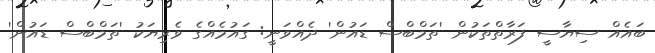
ބައެއް ސިޔާސީ ފަރާތްތަކުން 'ތަމްބްސް ޑައުން' ދެއްވަނީ: ގައުމެއްގެ ވެރިޔަކު 'ތަމްބްސް ޑައުން'